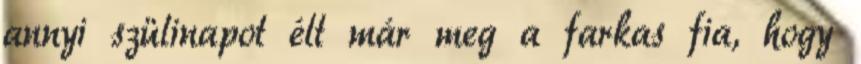
annyi szülinapot élt már meg a farkas fia, hogy